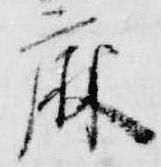
麻